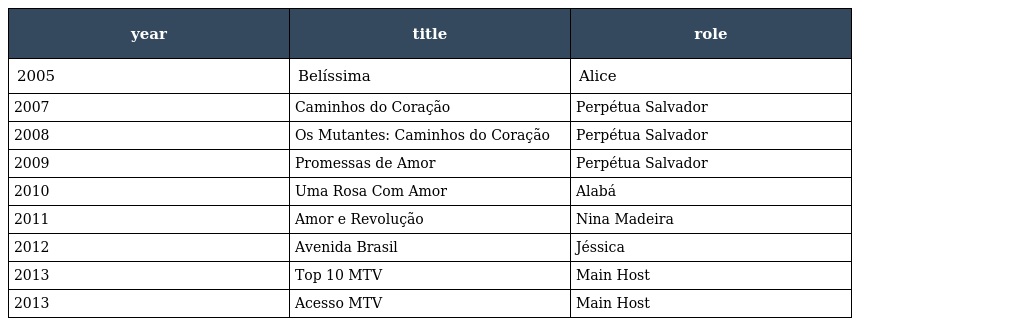
| year | title | role |
 | --- | --- | --- |
 | 2005 | Belíssima | Alice |
 | 2007 | Caminhos do Coração | Perpétua Salvador |
 | 2008 | Os Mutantes: Caminhos do Coração | Perpétua Salvador |
 | 2009 | Promessas de Amor | Perpétua Salvador |
 | 2010 | Uma Rosa Com Amor | Alabá |
 | 2011 | Amor e Revolução | Nina Madeira |
 | 2012 | Avenida Brasil | Jéssica |
 | 2013 | Top 10 MTV | Main Host |
 | 2013 | Acesso MTV | Main Host |